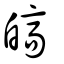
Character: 皜